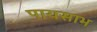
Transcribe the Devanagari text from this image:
पायसाभ